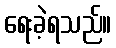
ရေးခဲ့ရသည်။